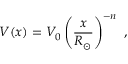
V ( x ) = V _ { 0 } \left( \frac { x } { R _ { \odot } } \right) ^ { - n } \ ,